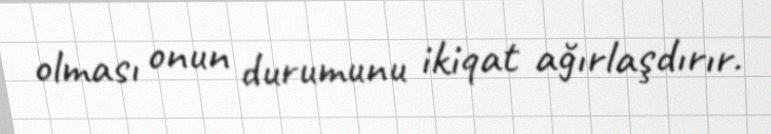
olması onun durumunu ikiqat ağırlaşdırır.